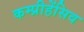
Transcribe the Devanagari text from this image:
कम्प्रीहेंसिव